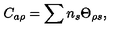
C _ { a \rho } = \sum n _ { s } \Theta _ { \rho s } ,